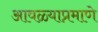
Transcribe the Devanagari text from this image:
आवळ्याप्रमाणे